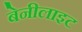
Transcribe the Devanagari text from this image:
बेनीलाइट